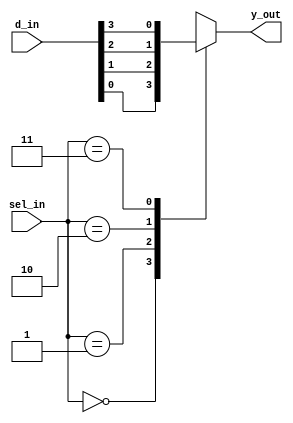
`timescale 1ns / 1ps
//////////////////////////////////////////////////////////////////////////////////
// Company: 
// Engineer: 
// 
// Design Name: 
// Module Name: mux_4to1_case
// Project Name: 
// Target Devices: 
// Tool Versions: 
// Description: 
// 
// Dependencies: 
// 
// Revision:
// Revision 0.01 - File Created
// Additional Comments:
// 
//////////////////////////////////////////////////////////////////////////////////


module mux_4to1_case(
                        input [3:0] d_in,
                        input [1:0] sel_in,
                        output reg y_out
                        );

always @*
begin
    case(sel_in)
    2'b00: y_out = d_in[0];
    2'b01: y_out = d_in[1];
    2'b10: y_out = d_in[2];
    2'b11: y_out = d_in[3];
    endcase
end
endmodule